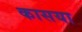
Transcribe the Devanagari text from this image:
कासया